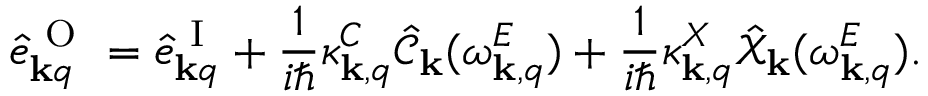
\hat { e } _ { { \bf k } q } ^ { \mathrm { ~ O ~ } } = \hat { e } _ { { \bf k } q } ^ { \mathrm { ~ I ~ } } + \frac { 1 } { i \hbar } \kappa _ { { \bf k } , q } ^ { C } \hat { \mathcal { C } } _ { \bf k } ( \omega _ { { \bf k } , q } ^ { E } ) + \frac { 1 } { i \hbar } \kappa _ { { \bf k } , q } ^ { X } \hat { \mathcal { X } } _ { \bf k } ( \omega _ { { \bf k } , q } ^ { E } ) .